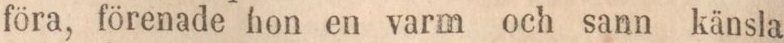
föra, förenade hon en varm och sann känsla